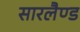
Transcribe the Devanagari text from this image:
सारलैण्ड